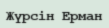
Жүрсін Ерман